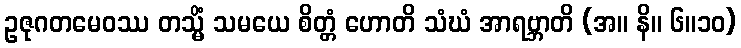
ဥဇုဂတမေဝဿ တသ္မိံ သမယေ စိတ္တံ ဟောတိ သံဃံ အာရဗ္ဘာတိ (အ။ နိ။ ၆။၁၀)